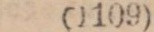
(1109)